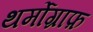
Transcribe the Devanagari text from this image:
थर्मोग्राफ़